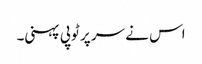
اس نے سر پر ٹوپی پہنی۔